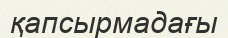
қапсырмадағы